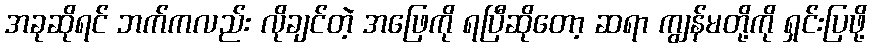
အခုဆိုရင် ဘက်ကလည်း လိုချင်တဲ့ အဖြေကို ရပြီဆိုတော့ ဆရာ ကျွန်မတို့ကို ရှင်းပြဖို့